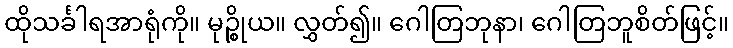
ထိုသင်္ခါရအာရုံကို။ မုဉ္စိုယ။ လွှတ်၍။ ဂေါတြဘုနာ၊ ဂေါတြဘူစိတ်ဖြင့်။